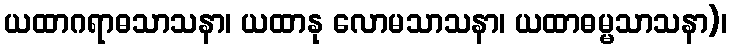
ယထာဂရာဓသာသနာ၊ ယထာနု လောမသာသနာ၊ ယထာဓမ္မသာသနာ)၊